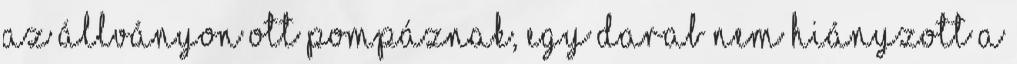
az állványon ott pompáznak, egy darab nem hiányzott a